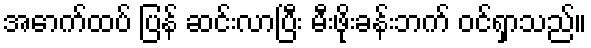
အောက်ထပ် ပြန် ဆင်းလာပြီး မီးဖိုးခန်းဘက် ဝင်ရှာသည်။